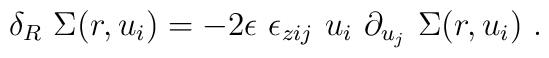
\delta_R \,\, \Sigma (r,  u_i)= -2\epsilon \,\, \epsilon_{zij}\,\,u_i \,\, \partial_{u_{j}} \ \Sigma (r, u_i)  \ .